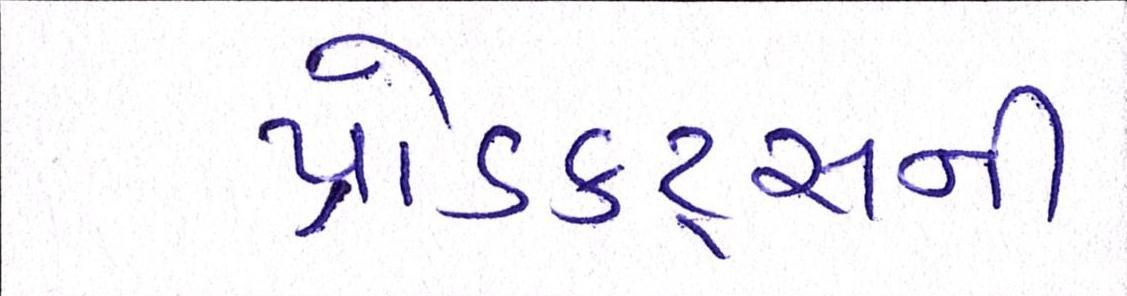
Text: પ્રોડક્ટ્સની